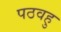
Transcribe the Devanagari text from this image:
पठवहु